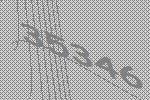
35346